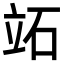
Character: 䇉